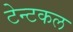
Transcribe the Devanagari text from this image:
टेन्टकल